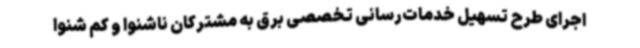
اجرای طرح تسهیل خدمات‌رسانی تخصصی برق به مشترکان ناشنوا و کم شنوا